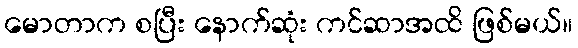
မောတာက စပြီး နောက်ဆုံး ကင်ဆာအထိ ဖြစ်မယ်။